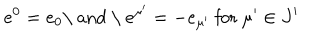
e ^ { 0 } = e _ { 0 } \mathrm { \ a n d ~ \ } e ^ { \mu ^ { \prime } } = - e _ { \mu ^ { \prime } } \mathrm { ~ f o r ~ } \mu ^ { \prime } \in J ^ { \prime }